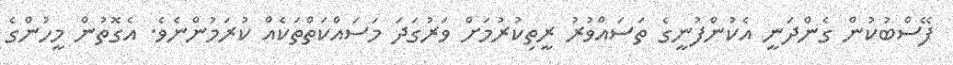
ފޭސްބުކުން ގެންދަނީ އެކުންފުނީގެ ތަސައްވުރު ރީތިކުރުމަށް ވަރުގަދަ މަސައްކަތްތަކެއް ކުރަމުންނެވެ. އެގޮތުން މީހުންގެ